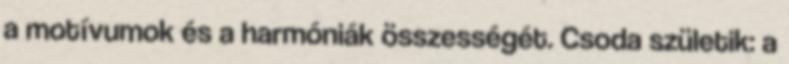
a motívumok és a harmóniák összességét. Csoda születik: a